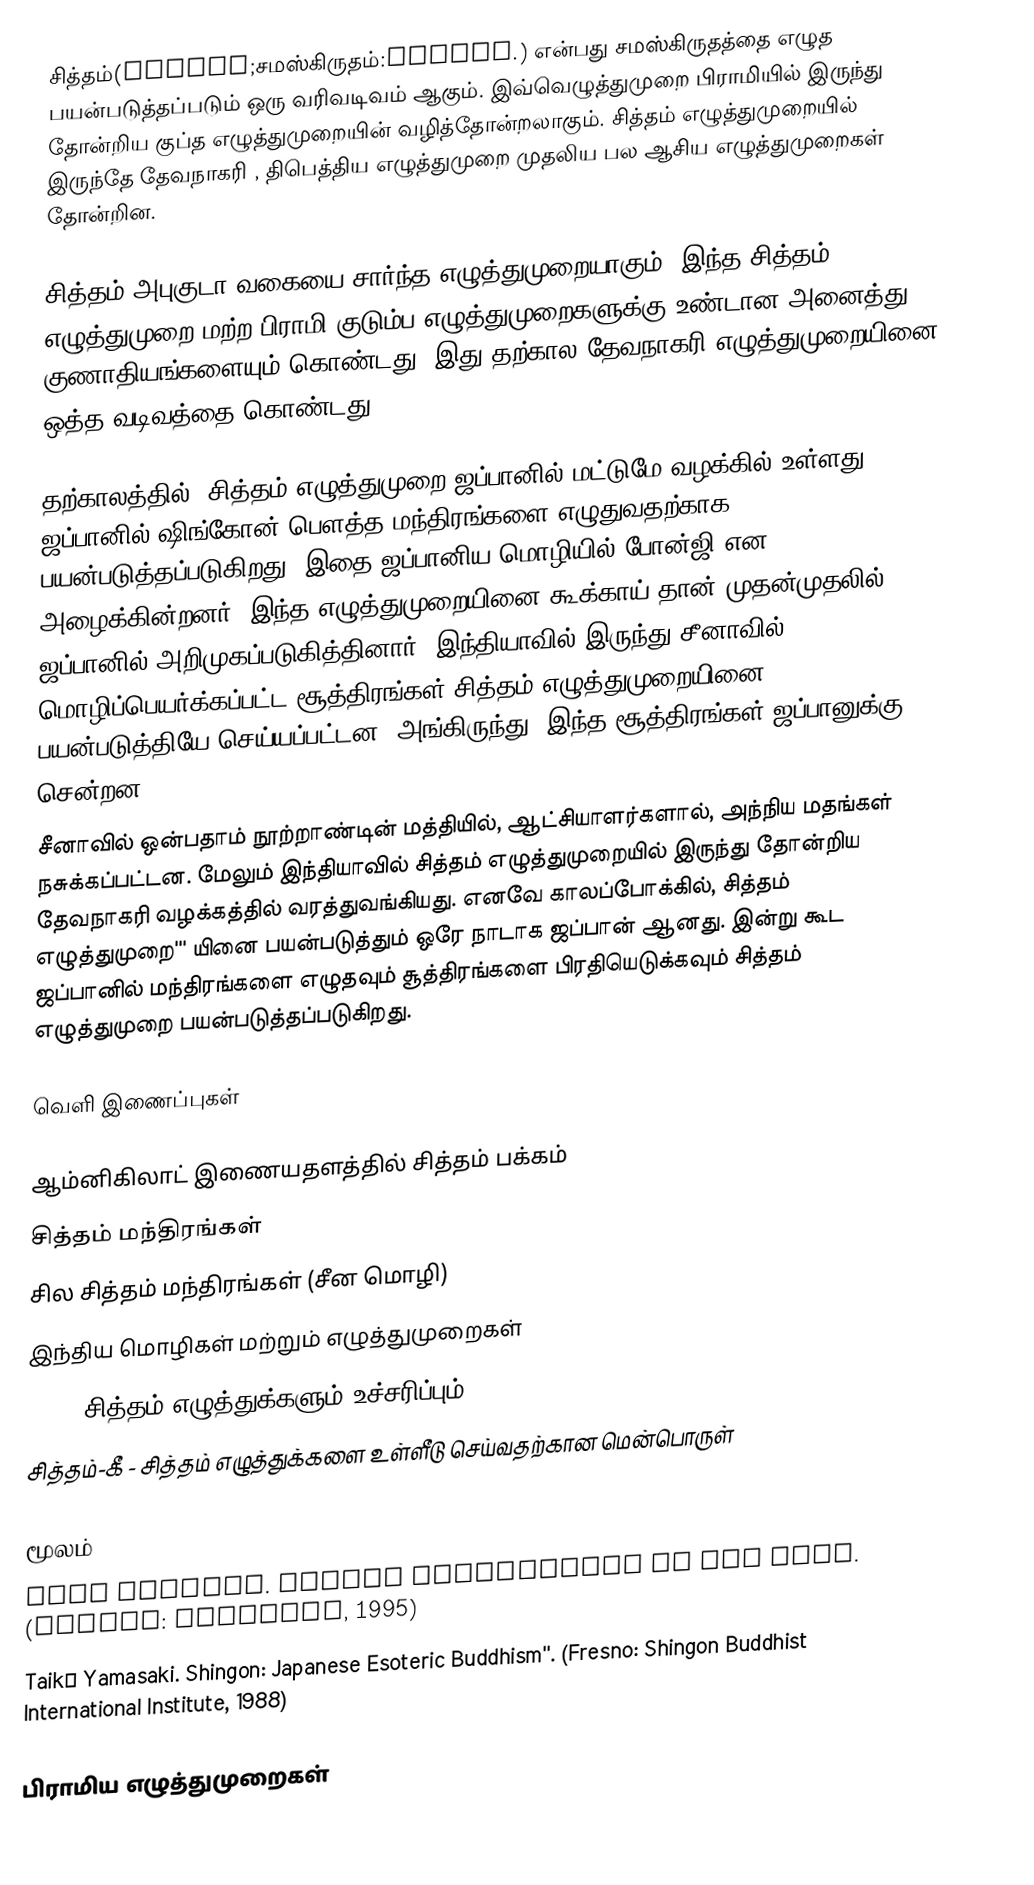
சித்தம்(𑖭𑖰𑖟𑖿𑖠𑖽;சமஸ்கிருதம்:सिद्धं.) என்பது சமஸ்கிருதத்தை எழுத பயன்படுத்தப்படும் ஒரு வரிவடிவம் ஆகும். இவ்வெழுத்துமுறை பிராமியில் இருந்து தோன்றிய குப்த எழுத்துமுறையின் வழித்தோன்றலாகும். சித்தம் எழுத்துமுறையில் இருந்தே தேவநாகரி , திபெத்திய எழுத்துமுறை முதலிய பல ஆசிய எழுத்துமுறைகள் தோன்றின.

சித்தம் அபுகுடா  வகையை சார்ந்த எழுத்துமுறையாகும். இந்த சித்தம் எழுத்துமுறை மற்ற பிராமி குடும்ப எழுத்துமுறைகளுக்கு உண்டான அனைத்து குணாதியங்களையும் கொண்டது. இது தற்கால தேவநாகரி எழுத்துமுறையினை ஒத்த வடிவத்தை கொண்டது.

தற்காலத்தில், சித்தம் எழுத்துமுறை ஜப்பானில் மட்டுமே வழக்கில் உள்ளது. ஜப்பானில் ஷிங்கோன் பௌத்த மந்திரங்களை எழுதுவதற்காக பயன்படுத்தப்படுகிறது. இதை ஜப்பானிய மொழியில் போன்ஜி என அழைக்கின்றனர். இந்த எழுத்துமுறையினை கூக்காய்  தான் முதன்முதலில் ஜப்பானில் அறிமுகப்படுகித்தினார். இந்தியாவில் இருந்து சீனாவில் மொழிப்பெயர்க்கப்பட்ட சூத்திரங்கள் சித்தம் எழுத்துமுறையினை பயன்படுத்தியே செய்யப்பட்டன. அங்கிருந்து, இந்த சூத்திரங்கள் ஜப்பானுக்கு சென்றன.
சீனாவில் ஒன்பதாம் நூற்றாண்டின் மத்தியில், ஆட்சியாளர்களால், அந்நிய மதங்கள் நசுக்கப்பட்டன. மேலும் இந்தியாவில் சித்தம் எழுத்துமுறையில் இருந்து தோன்றிய தேவநாகரி வழக்கத்தில் வரத்துவங்கியது. எனவே காலப்போக்கில், சித்தம் எழுத்துமுறை''' யினை பயன்படுத்தும் ஒரே நாடாக ஜப்பான் ஆனது. இன்று கூட ஜப்பானில் மந்திரங்களை எழுதவும் சூத்திரங்களை பிரதியெடுக்கவும் சித்தம் எழுத்துமுறை பயன்படுத்தப்படுகிறது.

வெளி இணைப்புகள்

ஆம்னிகிலாட் இணையதளத்தில் சித்தம் பக்கம்
சித்தம் மந்திரங்கள்
சில சித்தம் மந்திரங்கள் (சீன மொழி)
இந்திய மொழிகள் மற்றும் எழுத்துமுறைகள்
Bonji சித்தம் எழுத்துக்களும் உச்சரிப்பும்
சித்தம்-கீ - சித்தம் எழுத்துக்களை உள்ளீடு செய்வதற்கான மென்பொருள்

மூலம்
John Stevens. Sacred Calligraphy of the East. (Boston: Shambala, 1995)
Taikō Yamasaki. Shingon: Japanese Esoteric Buddhism''. (Fresno: Shingon Buddhist International Institute, 1988)

பிராமிய எழுத்துமுறைகள்